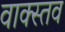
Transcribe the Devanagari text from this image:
वाक्स्तव